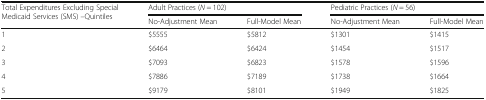
<table><thead><tr><td rowspan="2"><b>Total Expenditures Excluding Special Medicaid Services (SMS) –Quintiles</b></td><td colspan="2"><b>Adult Practices (<i>N</i> = 102)</b></td><td colspan="2"><b>Pediatric Practices (<i>N</i> = 56)</b></td></tr><tr><td><b>No-Adjustment Mean</b></td><td><b>Full-Model Mean</b></td><td><b>No-Adjustment Mean</b></td><td><b>Full-Model Mean</b></td></tr></thead><tbody><tr><td>1</td><td>$5555</td><td>$5812</td><td>$1301</td><td>$1415</td></tr><tr><td>2</td><td>$6464</td><td>$6424</td><td>$1454</td><td>$1517</td></tr><tr><td>3</td><td>$7093</td><td>$6823</td><td>$1578</td><td>$1596</td></tr><tr><td>4</td><td>$7886</td><td>$7189</td><td>$1738</td><td>$1664</td></tr><tr><td>5</td><td>$9179</td><td>$8101</td><td>$1949</td><td>$1825</td></tr></tbody></table>